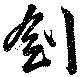
剣